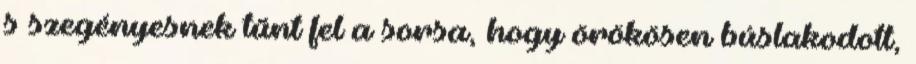
s szegényesnek tűnt fel a sorsa, hogy örökösen búslakodott,